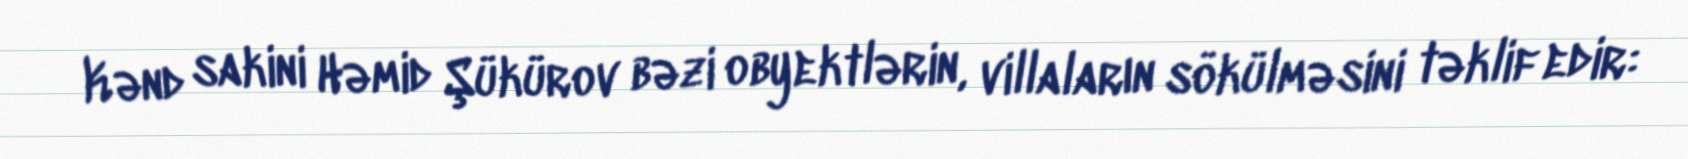
Kənd sakini Həmid Şükürov bəzi obyektlərin, villaların sökülməsini təklif edir: